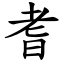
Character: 耆